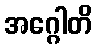
အဂ္ဂေါတိ